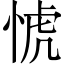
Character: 𢜜